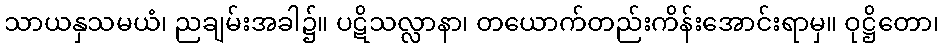
သာယနှသမယံ၊ ညချမ်းအခါ၌။ ပဋိသလ္လာနာ၊ တယောက်တည်းကိန်းအောင်းရာမှ။ ဝုဋ္ဌိတော၊